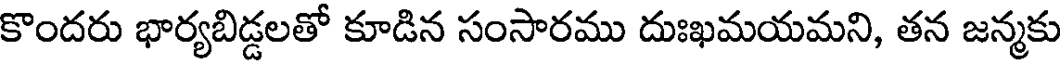
కొందరు భార్యబిడ్డలతో కూడిన సంసారము దుఃఖమయమని, తన జన్మకు